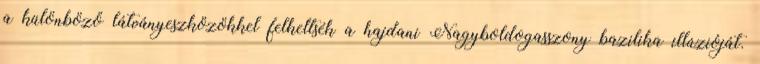
a különböző látványeszközökkel felkeltsék a hajdani Nagyboldogasszony bazilika illúzióját.